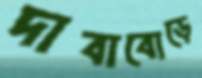
দাবাবোড়ে